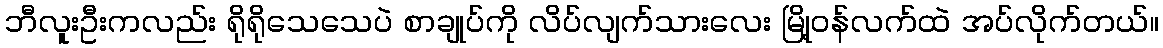
ဘီလူးဦးကလည်း ရိုရိုသေသေပဲ စာချုပ်ကို လိပ်လျက်သားလေး မြို့ဝန်လက်ထဲ အပ်လိုက်တယ်။